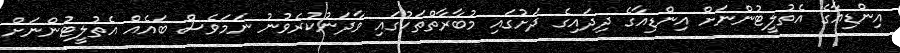
އިންޑިއާގެ އެތުލީޓުންނަށް އިންޑިއާގެ ދިދައިގެ ދަށުގައި މުބާރާތްތަކުގައި ވާދަނުކުރެވުނު ނަމަވެސް ބައެއް އެތުލީޓުންނަށް